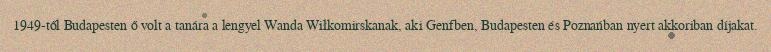
1949-től Budapesten ő volt a tanára a lengyel Wanda Wiłkomirskanak, aki Genfben, Budapesten és Poznańban nyert akkoriban díjakat.